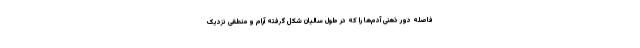
فاصله دور ذهنی آدم‌ها را که در طول سالیان شکل گرفته آرام و منطقی نزدیک